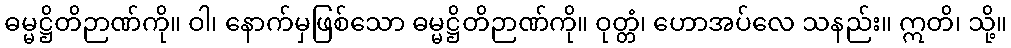
ဓမ္မဋ္ဌိတိဉာဏ်ကို။ ဝါ၊ နောက်မှဖြစ်သော ဓမ္မဋ္ဌိတိဉာဏ်ကို။ ဝုတ္တံ၊ ဟောအပ်လေ သနည်း။ ဣတိ၊ သို့။